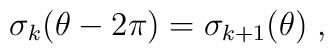
\sigma_k(\theta-2\pi)=\sigma_{k+1}(\theta)\; ,